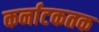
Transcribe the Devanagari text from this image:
कर्नाटकतक